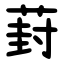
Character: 葑